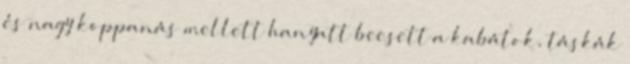
és nagy koppanás mellett hanyatt beesett a kabátok, táskák